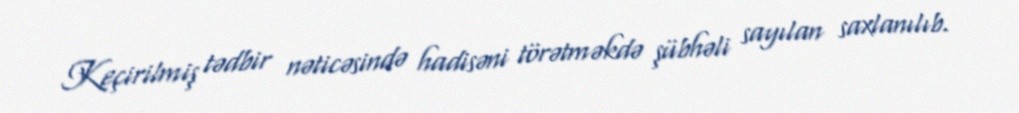
Keçirilmiş tədbir nəticəsində hadisəni törətməkdə şübhəli sayılan saxlanılıb.